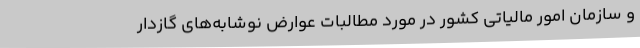
و سازمان امور مالیاتی کشور در مورد مطالبات عوارض نوشابه‌های گازدار